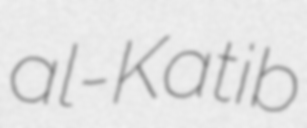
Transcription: al-Katib